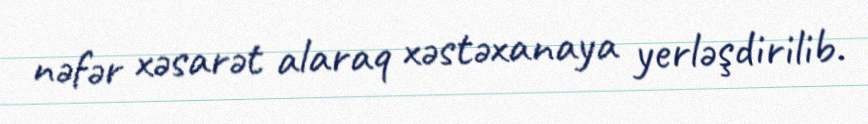
nəfər xəsarət alaraq xəstəxanaya yerləşdirilib.